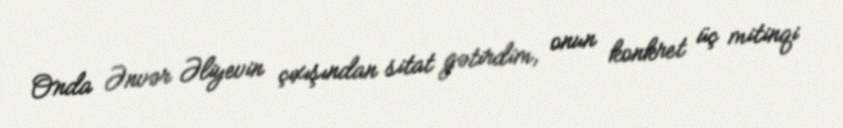
Onda Ənvər Əliyevin çıxışından sitat gətirdim, onun konkret üç mitinqi